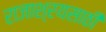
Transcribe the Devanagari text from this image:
राजाश्रयसाठी